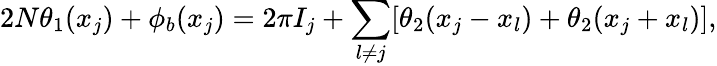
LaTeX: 2N\theta_{1}(x_{j})+\phi_{b}(x_{j})=2\pi I_{j}+\sum_{l\neq j}[\theta_{2}(x_{j}-x_{l})+\theta_{2}(x_{j}+x_{l})],